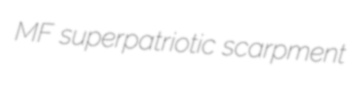
MF superpatriotic scarpment